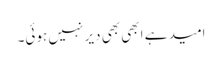
امید ہے ابھی بھی دیر نہیں ہوئی۔